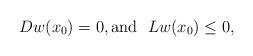
LaTeX: \begin{align*}Dw(x_0)=0, {\rm and} \ \ Lw(x_0) \le 0,\end{align*}